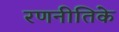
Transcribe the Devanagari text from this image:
रणनीतिके